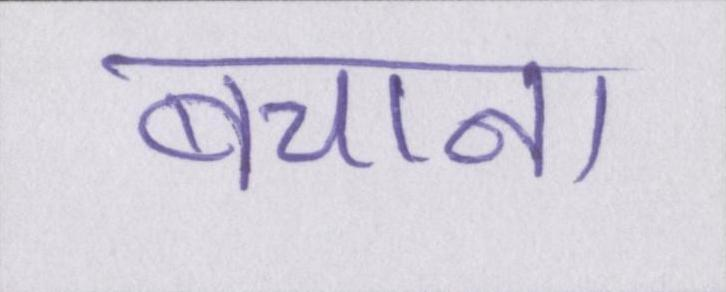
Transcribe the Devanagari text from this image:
बचाना